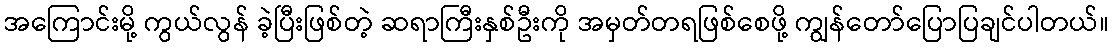
အကြောင်းမို့ ကွယ်လွန် ခဲ့ပြီးဖြစ်တဲ့ ဆရာကြီးနှစ်ဦးကို အမှတ်တရဖြစ်စေဖို့ ကျွန်တော်ပြောပြချင်ပါတယ်။